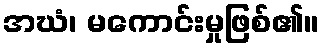
အဃံ၊ မကောင်းမှုဖြစ်၏။